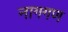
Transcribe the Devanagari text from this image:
नागगण